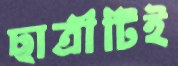
ছাত্রীটিই